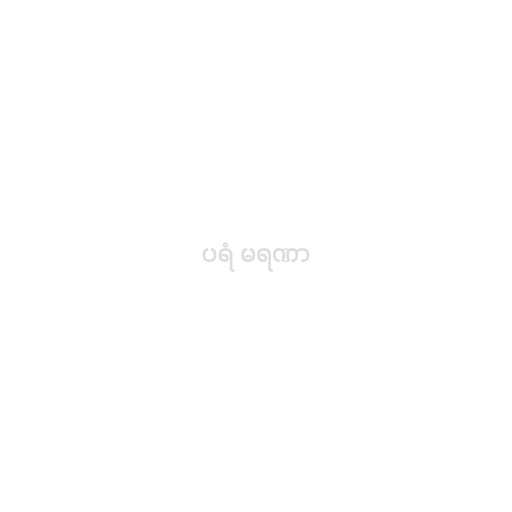
ပရံ မရဏာ